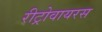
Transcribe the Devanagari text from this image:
रीट्रोवायरस